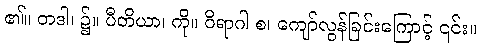
၏။ တဒါ၊ ၌။ ပီတိယာ၊ ကို။ ဝိရာဂါ စ၊ ကျော်လွန်ခြင်းကြောင့် ၎င်း။